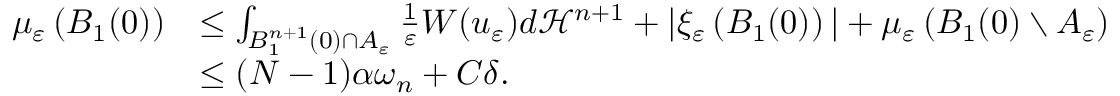
\begin{array} { r l } { \mu _ { \varepsilon } \left( B _ { 1 } ( 0 ) \right) } & { \leq \int _ { B _ { 1 } ^ { n + 1 } ( 0 ) \cap A _ { \varepsilon } } \frac { 1 } { \varepsilon } W ( u _ { \varepsilon } ) d \mathcal H ^ { n + 1 } + | \xi _ { \varepsilon } \left( B _ { 1 } ( 0 ) \right) | + \mu _ { \varepsilon } \left( B _ { 1 } ( 0 ) \setminus A _ { \varepsilon } \right) } \\ & { \leq ( N - 1 ) \alpha \omega _ { n } + C \delta . } \end{array}